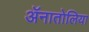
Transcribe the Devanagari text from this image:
ॲनातोलिया